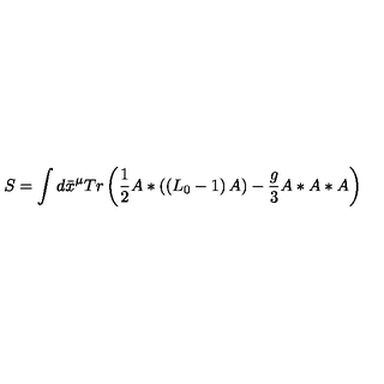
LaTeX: S = \int d \bar { x } ^ { \mu } T r \left( \frac { 1 } { 2 } A \ast \left( \left( L _ { 0 } - 1 \right) A \right) - \frac { g } { 3 } A \ast A \ast A \right)